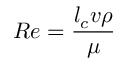
R e = { \frac { l _ { c } v \rho } { \mu } }